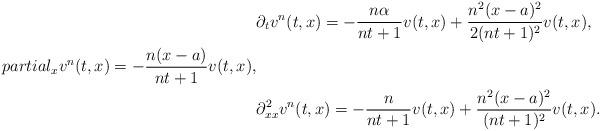
LaTeX: \begin{align*}&\partial_tv^n(t,x)=-\frac{n\alpha}{nt+1}v(t,x)+\frac{ n^2(x-a)^2}{2(nt+1)^2}v(t,x),\\partial_xv^n(t,x)=-\frac{ n(x-a)}{nt+1}v(t,x),\\&\partial_{xx}^2v^n(t,x)=-\frac{n }{nt+1}v(t,x)+\frac{ n^2(x-a)^2}{(nt+1)^2}v(t,x).\end{align*}